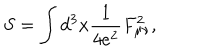
S = \int d ^ { 3 } x \frac { 1 } { 4 e ^ { 2 } } F _ { \mu \nu } ^ { 2 } ,